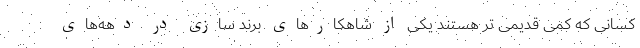
کسانی که کمی قدیمی تر هستند یکی از شاهکارهای برند سازی در دهه‌های